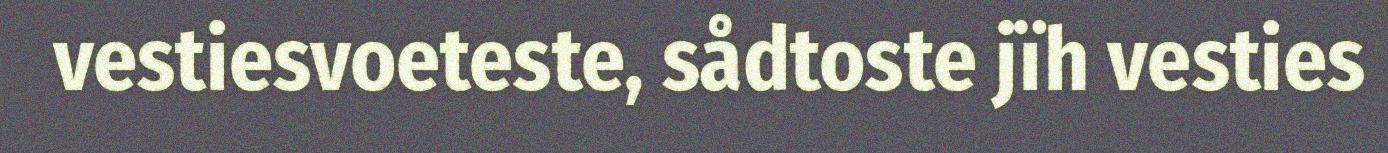
vestiesvoeteste, sådtoste jïh vesties